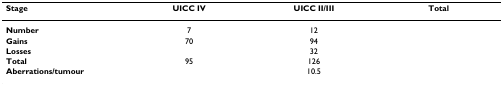
<table><thead><tr><td><b>Stage</b></td><td><b>UICC IV</b></td><td><b>UICC II/III</b></td><td><b>Total</b></td></tr></thead><tbody><tr><td><b>Number</b></td><td>7</td><td>12</td><td>[EMPTY_CELL]</td></tr><tr><td><b>Gains</b></td><td>70</td><td>94</td><td>[EMPTY_CELL]</td></tr><tr><td><b>Losses</b></td><td>[EMPTY_CELL]</td><td>32</td><td>[EMPTY_CELL]</td></tr><tr><td><b>Total</b></td><td>95</td><td>126</td><td>[EMPTY_CELL]</td></tr><tr><td><b>Aberrations/tumour</b></td><td>[EMPTY_CELL]</td><td>10.5</td><td>[EMPTY_CELL]</td></tr></tbody></table>